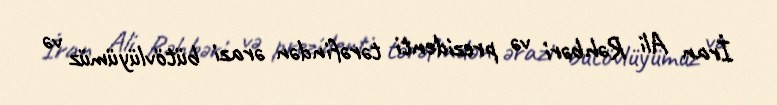
İran Ali Rəhbəri və prezidenti tərəfindən ərazi bütövlüyümüz və